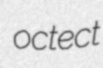
octect